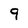
Character: 9